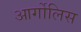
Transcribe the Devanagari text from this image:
आर्गोलिस